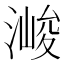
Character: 𱧶